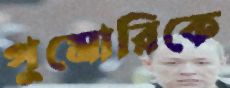
পুমোরিকে